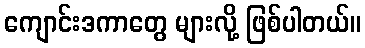
ကျောင်းဒကာတွေ များလို့ ဖြစ်ပါတယ်။